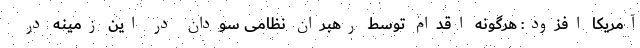
آمریکا افزود: هرگونه اقدام توسط رهبران نظامی سودان در این زمینه در